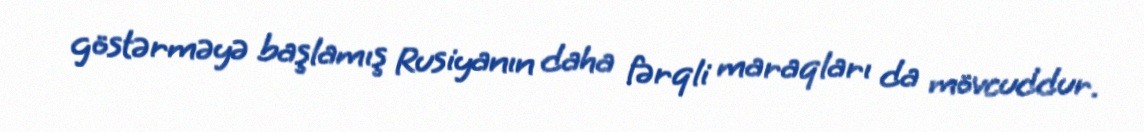
göstərməyə başlamış Rusiyanın daha fərqli maraqları da mövcuddur.